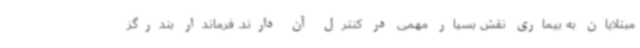
مبتلایان به بیماری نقش بسیار مهمی در کنترل آن دارند. فرماندار بندرگز